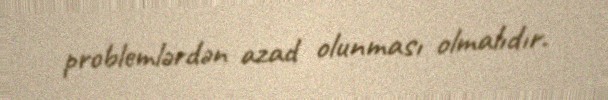
problemlərdən azad olunması olmalıdır.